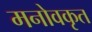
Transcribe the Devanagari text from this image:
मनोवकृत